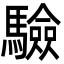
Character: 驗